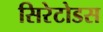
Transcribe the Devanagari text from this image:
सिरेटोडस